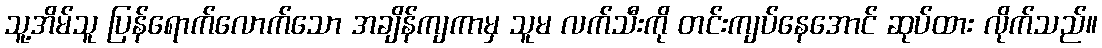
သူ့အိမ်သူ ပြန်ရောက်လောက်သော အချိန်ကျကာမှ သူမ လက်သီးကို တင်းကျပ်နေအောင် ဆုပ်ထား လိုက်သည်။